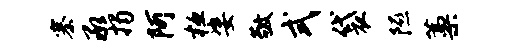
寨承揭阿桓姿敬式袋隰藁